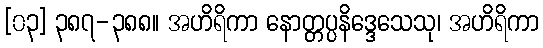
[၀၃] ၃၈၇-၃၈၈။ အဟိရိကာ နောတ္တပ္ပနိဒ္ဒေသေသု၊ အဟိရိကာ